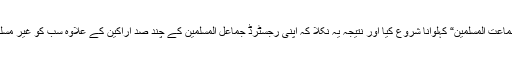
پس انہوں نے اپنے آپ کو ”جماعت المسلمین“ کہلوانا شروع کیا اور نتیجہ یہ نکلا کہ اپنی رجسٹرڈ جماعل المسلمین کے چند صد اراکین کے علاوہ سب کو غیر مسلم ہونے کا سرٹیفکیٹ دے دیا۔